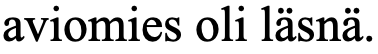
aviomies oli läsnä.